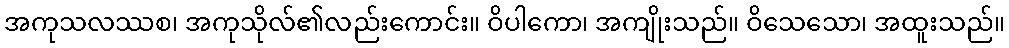
အကုသလဿစ၊ အကုသိုလ်၏လည်းကောင်း။ ဝိပါကော၊ အကျိုးသည်။ ဝိသေသော၊ အထူးသည်။